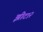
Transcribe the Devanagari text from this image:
झीटा२